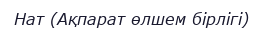
Нат (Ақпарат өлшем бірлігі)